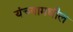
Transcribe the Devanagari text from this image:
यंच्यामधील